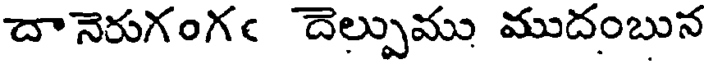
దానెరుగంగఁ దెల్పుము ముదంబున